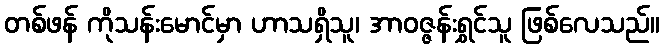
တစ်ဖန် ကိုသန်းမောင်မှာ ဟာသရှိသူ၊ အာဝဇ္ဇန်းရွှင်သူ ဖြစ်လေသည်။